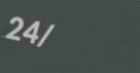
24/7